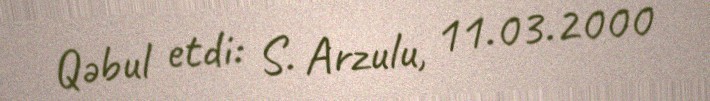
Qəbul etdi: S. Arzulu, 11.03.2000